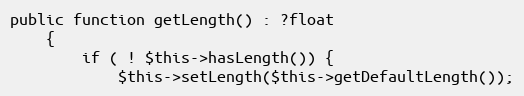
Language: PHP
public function getLength() : ?float
    {
        if ( ! $this->hasLength()) {
            $this->setLength($this->getDefaultLength());